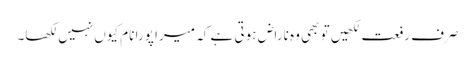
صرف رفعت لکھیں تو بھی وہ ناراض ہوتی ہے کہ میرا پورا نام کیوں نہیں لکھا۔